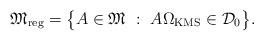
LaTeX: \begin{align*}{\mathfrak M}_{\rm reg} = \big\{ A\in{\mathfrak M}\ :\ A\Omega_{\rm KMS}\in{\mathcal D}_0\big\}.\end{align*}